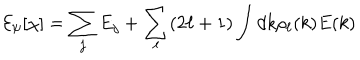
{ \cal E } _ { \psi } [ \chi ] = \sum _ { j } E _ { j } + \sum _ { \ell } ( 2 \ell + 1 ) \int d k \rho _ { \ell } ( k ) E ( k )